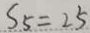
S _ { 5 } = 2 5